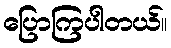
ပြောကြပါတယ်။